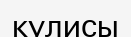
кулисы